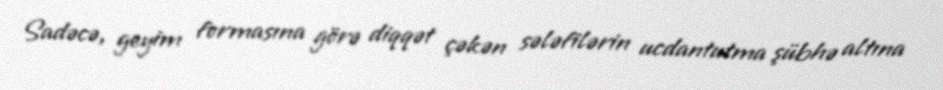
Sadəcə, geyim formasına görə diqqət çəkən sələfilərin ucdantutma şübhə altına